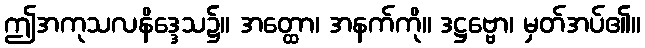
ဤအကုသလနိဒ္ဒေသ၌။ အတ္ထော၊ အနက်ကို။ ဒဋ္ဌဗ္ဗော၊ မှတ်အပ်၏။